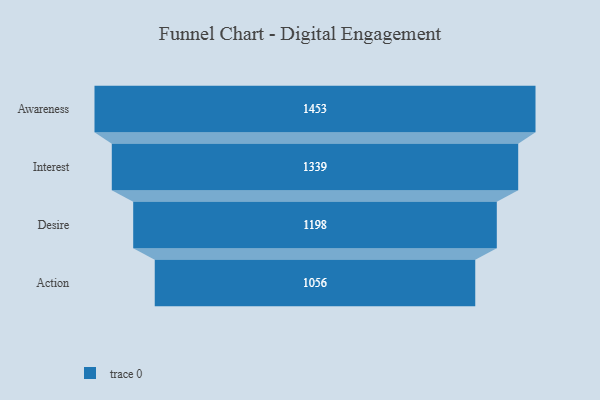
{"axis": {"x": "Stage", "y": "Value"}, "legend": [""], "data": [{"x": "Awareness", "y": 1453.0, "type": ""}, {"x": "Interest", "y": 1339.0, "type": ""}, {"x": "Desire", "y": 1198.0, "type": ""}, {"x": "Action", "y": 1056.0, "type": ""}]}